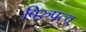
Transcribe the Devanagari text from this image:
विरुपत्व